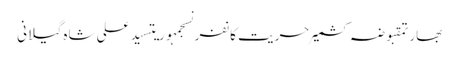
بھارتمقبوضہ کشمیرحریت کانفرنسجمہوریتسید علی شاہ گیلانی